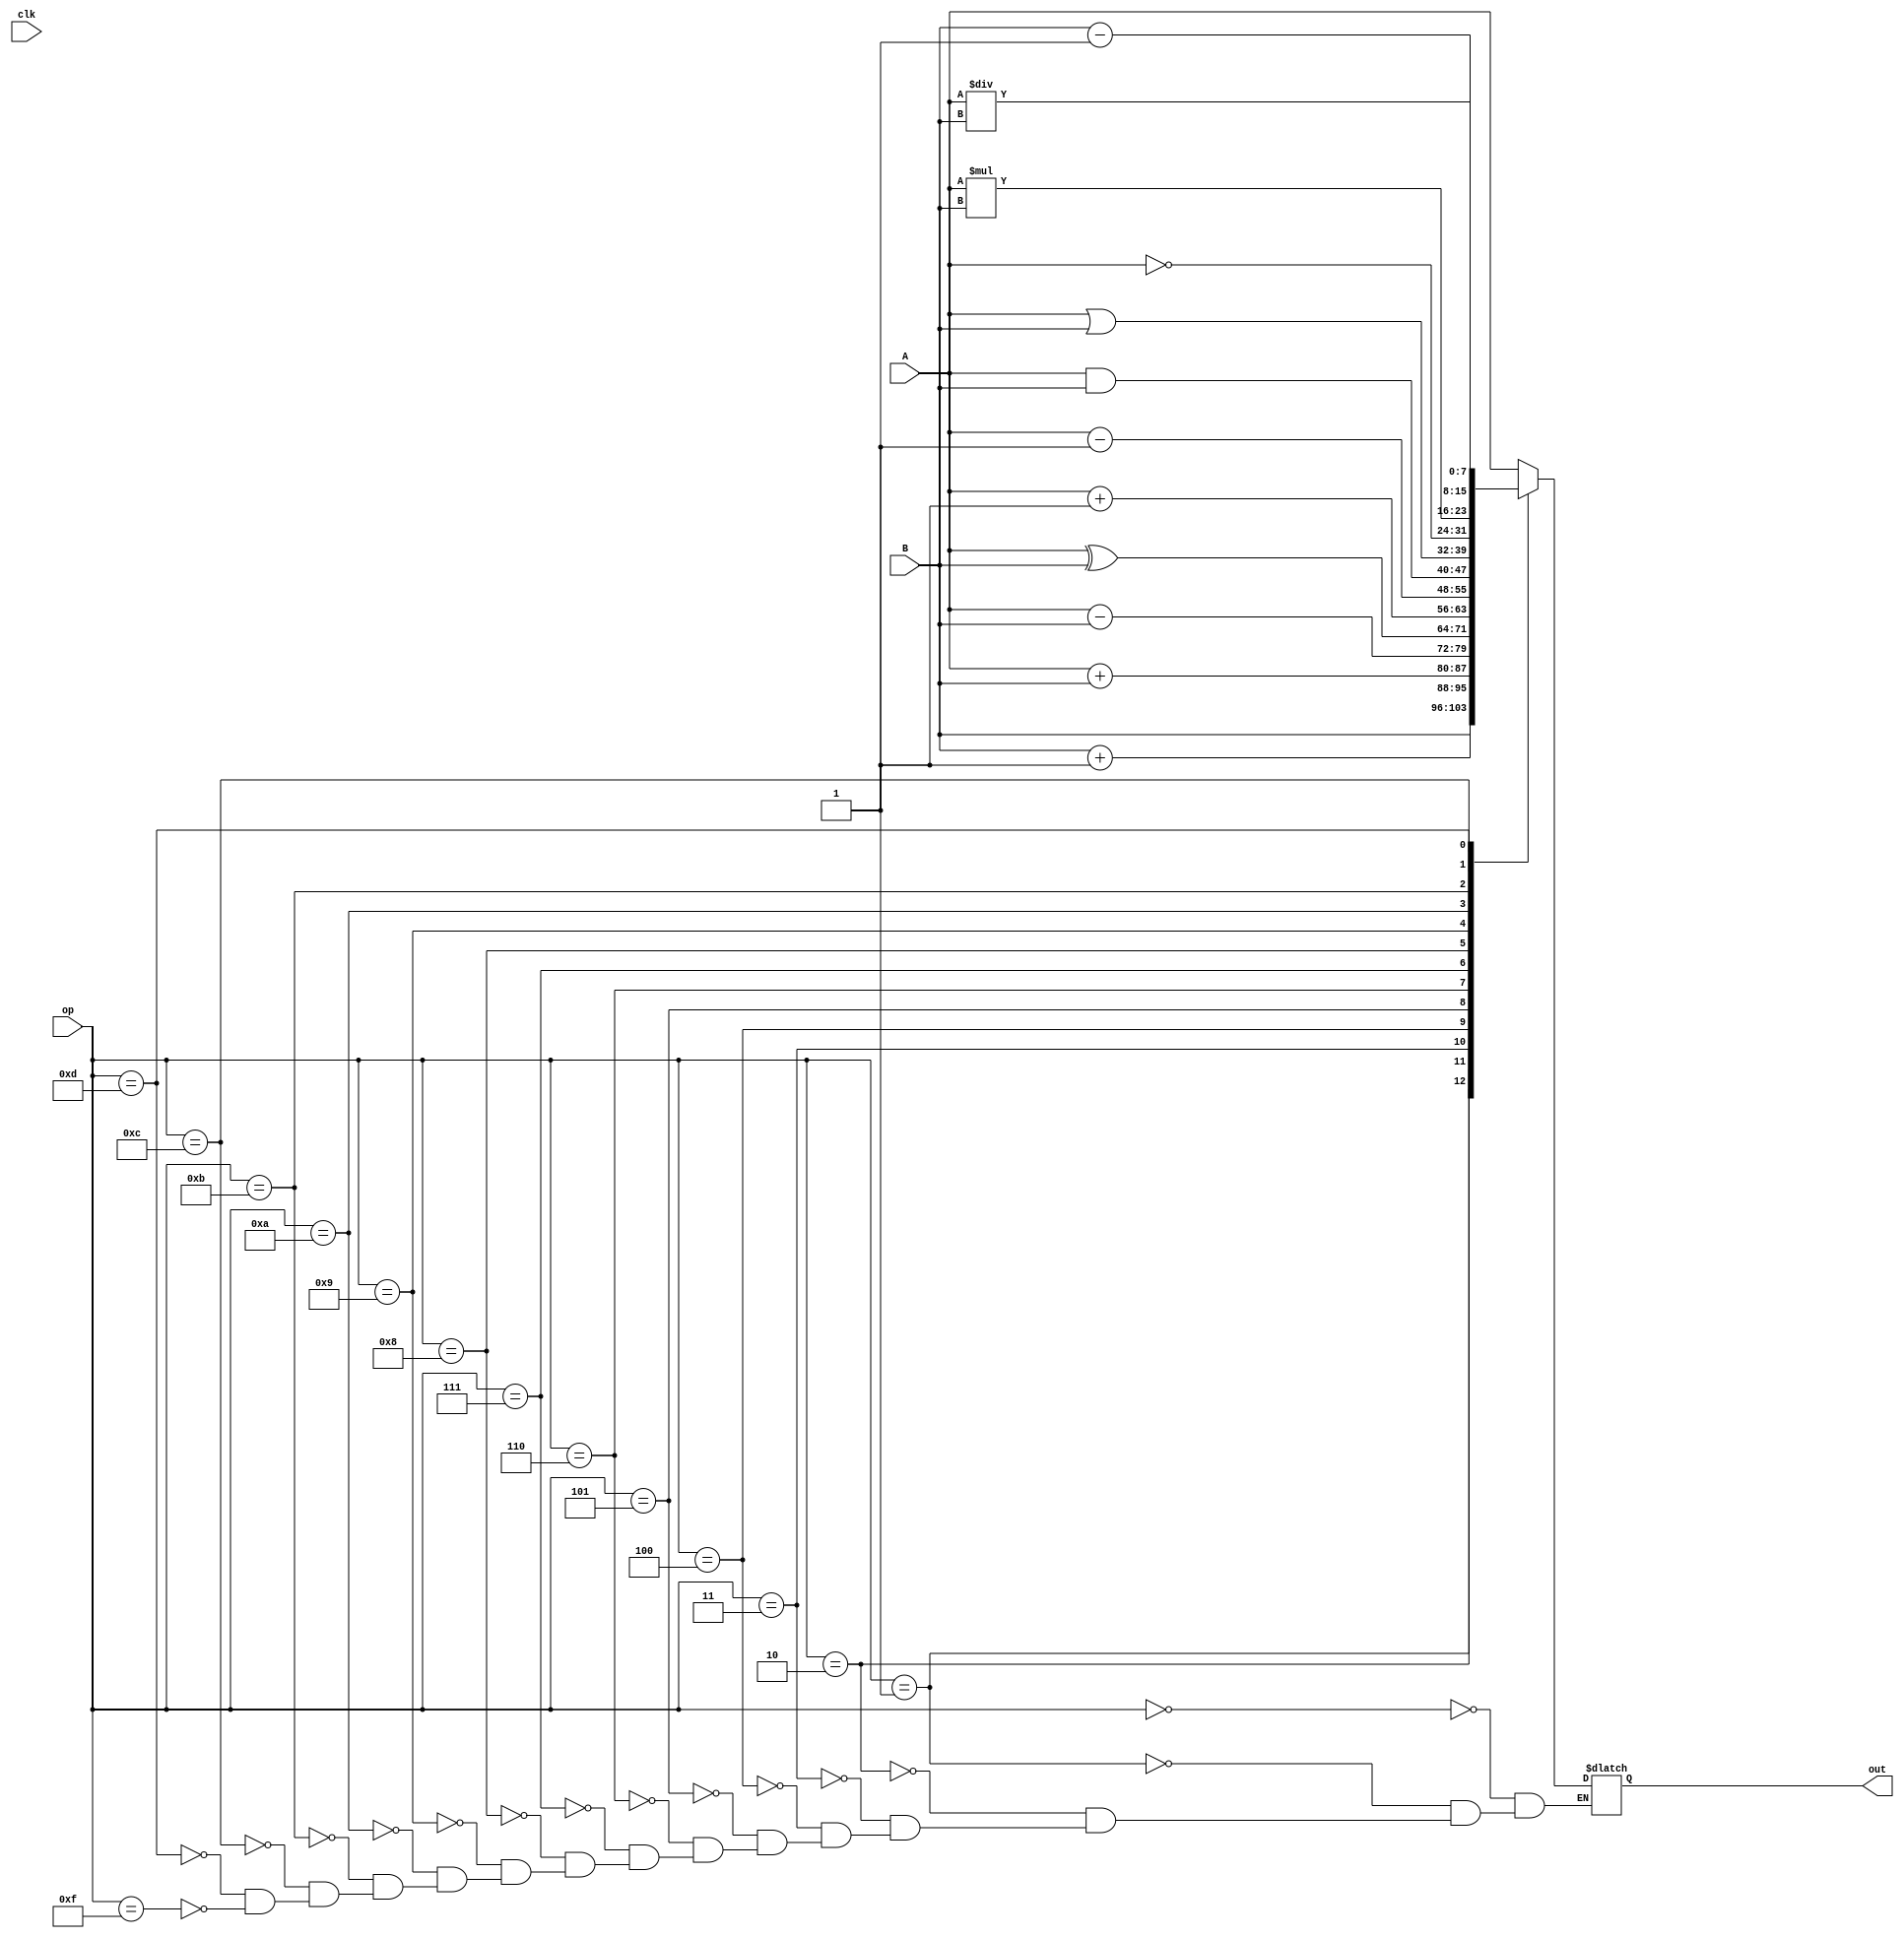
module alu(
    input clk,
    input [7:0] A,
    input [7:0] B,
    input [3:0] op,
    output reg [7:0] out
);
    always@(*)
    begin
        case(op)
            4'b0000:   out <= A;
            4'b0001:   out <= B;
            4'b0010:   out <= B + 1;
            4'b0011:   out <= A+B;
            4'b0100:   out <= A-B;
            4'b0101:   out <= A^B;
            4'b0110:   out <= A + 1;
            4'b0111:   out <= A - 1;
            4'b1000:   out <= A&B;
            4'b1001:   out <= A|B;
            4'b1010:   out <= ~A;
            4'b1011:   out <= A*B;
            4'b1100:   out <= A/B;
            4'b1101:   out <= B - 1;
            4'b1111:   out <= 8'bz;
        endcase
    end
endmodule